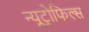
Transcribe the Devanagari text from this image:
न्यूट्रोफिल्स